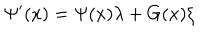
\Psi ^ { \prime } ( x ) = \Psi ( x ) \lambda + G ( x ) \xi